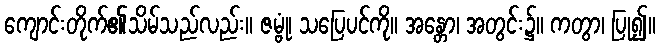
ကျောင်းတိုက်၏သိမ်သည်လည်း။ ဇမ္ဗုံ၊ သပြေပင်ကို။ အန္တော၊ အတွင်း၌။ ကတွာ၊ ပြု၍။